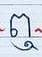
ឮ